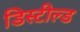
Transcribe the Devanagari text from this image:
डिस्टील्ड